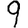
Digit: 9